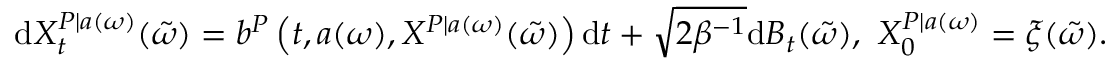
\begin{array} { r } { \mathrm { d } X _ { t } ^ { P | a ( \omega ) } ( \Tilde { \omega } ) = b ^ { P } \left( t , a ( \omega ) , X ^ { P | a ( \omega ) } ( \Tilde { \omega } ) \right) \mathrm { d } t + \sqrt { 2 \beta ^ { - 1 } } \mathrm { d } B _ { t } ( \Tilde { \omega } ) , \ X _ { 0 } ^ { P | a ( \omega ) } = \xi ( \Tilde { \omega } ) . } \end{array}